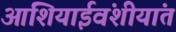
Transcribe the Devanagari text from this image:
आशियाईवंशीयांत